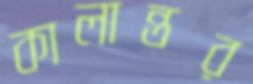
কালান্তর